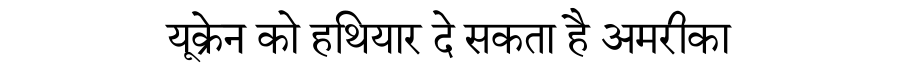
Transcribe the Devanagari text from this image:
यूक्रेन को हथियार दे सकता है अमरीका